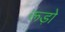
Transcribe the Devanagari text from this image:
रूड़ो